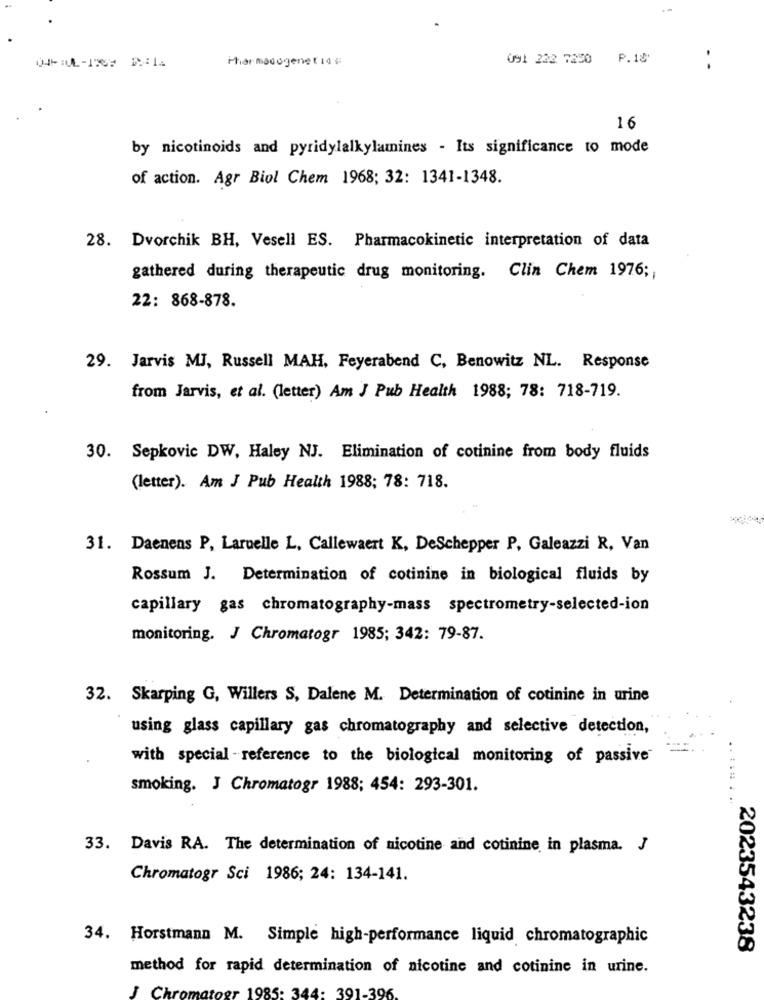
Pharmacogene ( 14 #
091 232 7250 P.18
16
by nicotinoids and pyridylalkylamines - Its significance to mode
of action. Agr Biol Chem 1968; 32: 1341-1348.
28. Dvorchik BH, Vesell ES. Pharmacokinetic interpretation of data
gathered during therapeutic drug monitoring. Clin Chem 1976 ;,
22: 868-878.
29. Jarvis MJ, Russell MAH, Feyerabend C, Benowitz NL. Response
from Jarvis, et al. (letter) Am J Pub Health 1988; 78: 718-719.
30. Sepkovic DW, Haley NJ. Elimination of cotinine from body fluids
(letter). Am J Pub Health 1988; 78: 718.
31. Daenens P, Laruelle L, Callewaert K, DeSchepper P, Galeazzi R, Van
Rossum J. Determination of cotinine in biological fluids by
capillary gas chromatography-mass spectrometry-selected-ion
monitoring. J Chromatogr 1985; 342: 79-87.
32. Skarping G, Willers S, Dalene M. Determination of cotinine in urine
using glass capillary gas chromatography and selective detection,
with special - reference to the biological monitoring of passive
smoking. J Chromatogr 1988; 454: 293-301.
......
33. Davis RA. The determination of nicotine and cotinine in plasma. J
Chromatogr Sci 1986; 24: 134-141.
34. Horstmann M. Simple high-performance liquid chromatographic
2023543238
method for rapid determination of nicotine and cotinine in urine.
J Chr
1985: 344: 391-396.